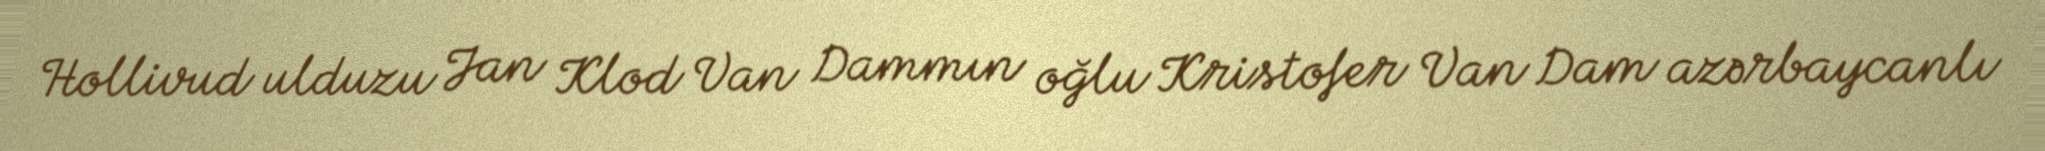
Hollivud ulduzu Jan Klod Van Dammın oğlu Kristofer Van Dam azərbaycanlı